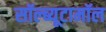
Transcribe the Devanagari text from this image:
सॉल्ब्यूटामॉल